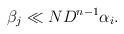
LaTeX: \begin{align*}\beta_j \ll N D^{n - 1} \alpha_i.\end{align*}